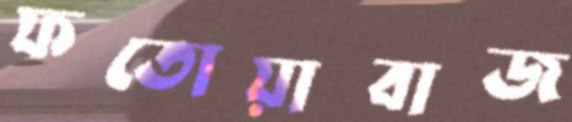
ফতোয়াবাজ